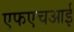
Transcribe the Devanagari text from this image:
एफएचआई